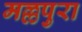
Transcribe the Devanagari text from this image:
मल्लपुरा